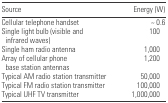
<table><thead><tr><td><b>Source</b></td><td><b>Energy (W)</b></td></tr></thead><tbody><tr><td>Cellular telephone handset</td><td>~ 0.6</td></tr><tr><td>Single light bulb (visible and infrared waves)</td><td>100</td></tr><tr><td>Single ham radio antenna</td><td>1,000</td></tr><tr><td>Array of cellular phone base station antennas</td><td>1,200</td></tr><tr><td>Typical AM radio station transmitter</td><td>50,000</td></tr><tr><td>Typical FM radio station transmitter</td><td>100,000</td></tr><tr><td>Typical UHF TV transmitter</td><td>1,000,000</td></tr></tbody></table>